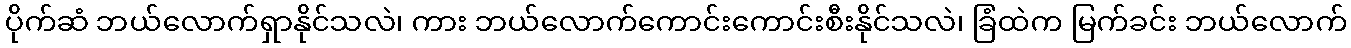
ပိုက်ဆံ ဘယ်လောက်ရှာနိုင်သလဲ၊ ကား ဘယ်လောက်ကောင်းကောင်းစီးနိုင်သလဲ၊ ခြံထဲက မြက်ခင်း ဘယ်လောက်